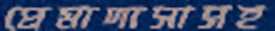
প্রেমাদাসাসহ